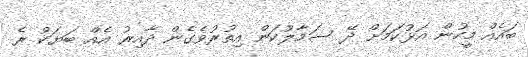
ބައެއް މީހުން އަޅުކަމަށް ދޭ ސަމާލުކަން އިތުރުވެގެން ދާއިރު އެއް ބަޔަކު ރެ